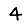
Digit: 4